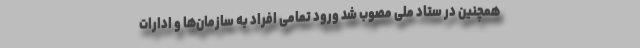
همچنین در ستاد ملی مصوب شد ورود تمامی افراد به سازمان‌ها و ادارات